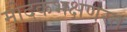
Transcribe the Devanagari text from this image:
मोदकभक्षणरत